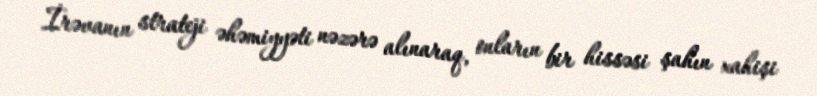
İrəvanın strateji əhəmiyyəti nəzərə alınaraq, onların bir hissəsi şahın xahişi